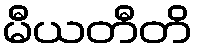
မီယတီတိ